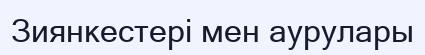
Зиянкестері мен аурулары